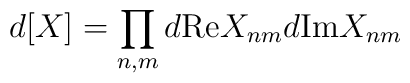
d[X] = \prod_{n,m} d{\rm Re}X_{nm} d{\rm Im}X_{nm}